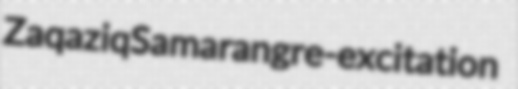
Zaqaziq Samarang re-excitation